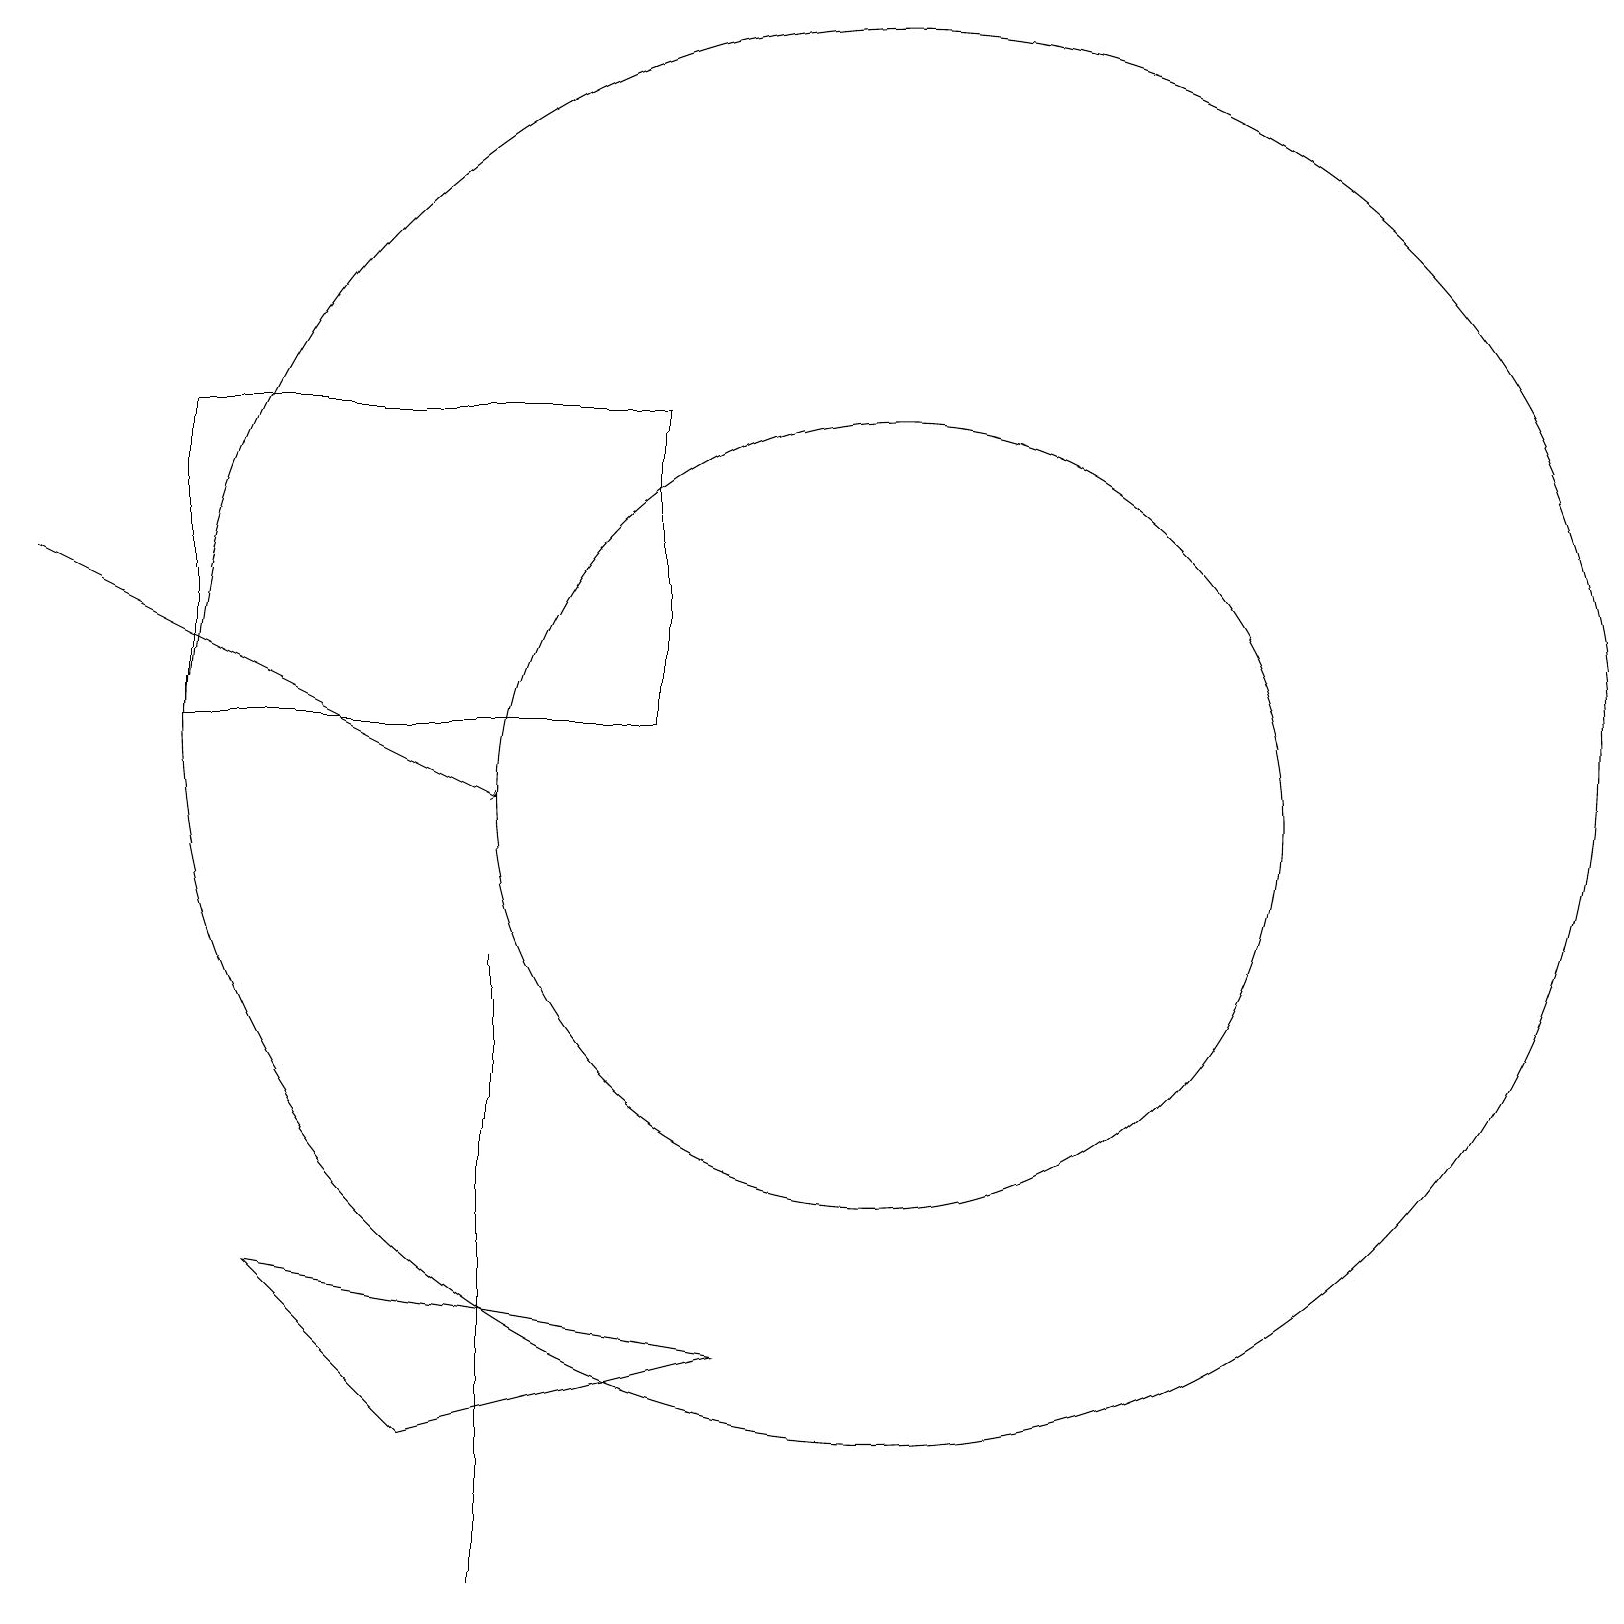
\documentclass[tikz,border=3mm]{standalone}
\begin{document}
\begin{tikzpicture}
\draw (5,2) -- (9,3) -- (3,4) -- cycle;
\draw (11,10) circle (5);
\draw[->] (0,13) -- (6,10);
\draw (11,11) circle (9);
\draw (6,0) -- (6,8) -- (6,3) -- cycle;
\draw (8,15) rectangle (2,11);
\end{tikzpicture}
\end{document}